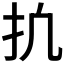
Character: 𫼕